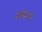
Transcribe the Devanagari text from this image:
स्माज